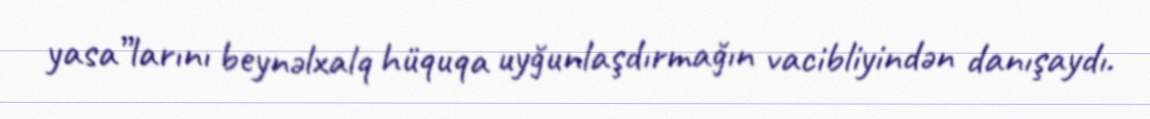
yasa”larını beynəlxalq hüquqa uyğunlaşdırmağın vacibliyindən danışaydı.